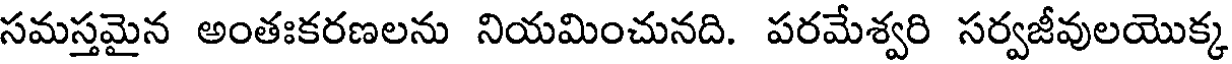
సమస్తమైన అంతఃకరణలను నియమించునది. పరమేశ్వరి సర్వజీవులయొక్క